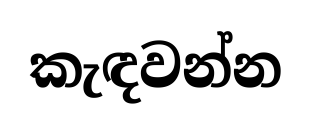
කැඳවන්න